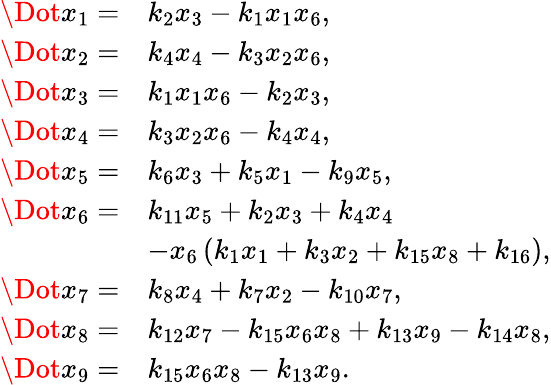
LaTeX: \begin{array}{rl}{\Dot{x_{1}}=}&{k_{2}x_{3}-k_{1}x_{1}x_{6},}\\ {\Dot{x_{2}}=}&{k_{4}x_{4}-k_{3}x_{2}x_{6},}\\ {\Dot{x_{3}}=}&{k_{1}x_{1}x_{6}-k_{2}x_{3},}\\ {\Dot{x_{4}}=}&{k_{3}x_{2}x_{6}-k_{4}x_{4},}\\ {\Dot{x_{5}}=}&{k_{6}x_{3}+k_{5}x_{1}-k_{9}x_{5},}\\ {\Dot{x_{6}}=}&{k_{11}x_{5}+k_{2}x_{3}+k_{4}x_{4}}\\ &{-x_{6}\left(k_{1}x_{1}+k_{3}x_{2}+k_{15}x_{8}+k_{16}\right),}\\ {\Dot{x_{7}}=}&{k_{8}x_{4}+k_{7}x_{2}-k_{10}x_{7},}\\ {\Dot{x_{8}}=}&{k_{12}x_{7}-k_{15}x_{6}x_{8}+k_{13}x_{9}-k_{14}x_{8},}\\ {\Dot{x_{9}}=}&{k_{15}x_{6}x_{8}-k_{13}x_{9}.}\end{array}